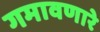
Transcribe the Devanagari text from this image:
गमावणारे